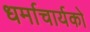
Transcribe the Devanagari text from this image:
धर्माचार्यको